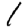
Digit: 1